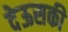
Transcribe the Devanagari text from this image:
देऊसकी